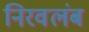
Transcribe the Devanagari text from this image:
निरवलंब